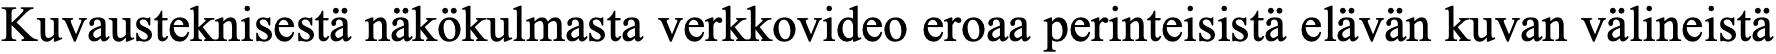
Kuvausteknisestä näkökulmasta verkkovideo eroaa perinteisistä elävän kuvan välineistä